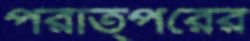
পরাত্পরের